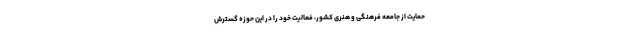
حمایت از جامعه فرهنگی و هنری کشور، فعالیت خود را در این حوزه گسترش